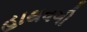
હાથવગી